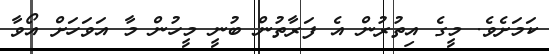
ކަަމަށެވެ. މީގެ އިތުރުން އެ ފަރާތުން ބުނީ މީހުން މާ އަވަހަށް އޯވާ